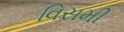
વિસમી